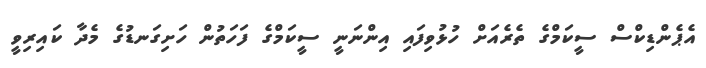
އެޕެންޑިކްސް ސީކަމްގެ ތެރެއަށް ހުޅުވިފައި އިންނަނީ ސީކަމްގެ ފަހަތުން ހަށިގަނޑުގެ މެދާ ކައިރިވީ